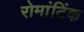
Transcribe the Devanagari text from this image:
रोमांटिंक